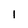
Character: 1